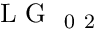
\mathrm { ~ L ~ G ~ } _ { \mathrm { ~ 0 ~ 2 ~ } }